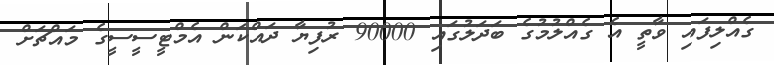
ގެއްލިފައި ވާތީ އެ ގެއްލުމުގެ ބަދަލުގައި 90000 ރުފިޔާ ދައްކަން އެމްޓީސީސީގެ މައްޗަށް